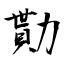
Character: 勩